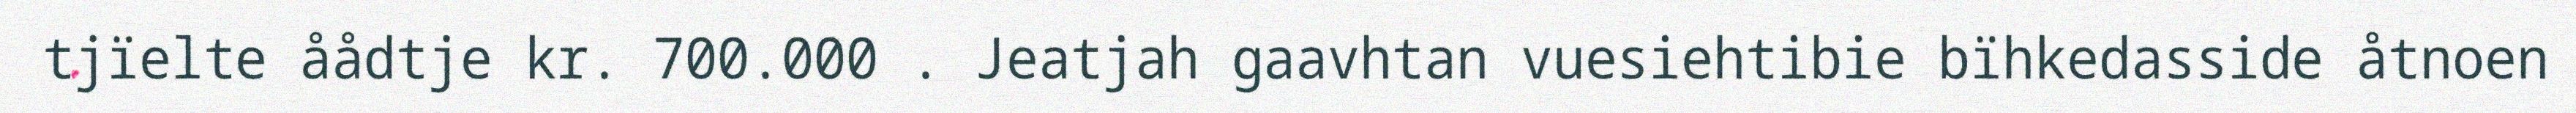
tjïelte åådtje kr. 700.000 . Jeatjah gaavhtan vuesiehtibie bïhkedasside åtnoen